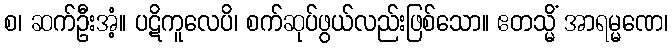
စ၊ ဆက်ဦးအံ့။ ပဋိကူလေပိ၊ စက်ဆုပ်ဖွယ်လည်းဖြစ်သော။ ဧတသ္မိံ အာရမ္မဏေ၊